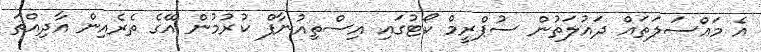
އެ މައްސަލަތައް ދައުލަތުން ސުޕްރީމް ކޯޓުގައި އިސްތިއުނާފް ކުރުމުން އޭގެ ތެރެއިން އާދިއްތަ